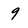
Character: 9